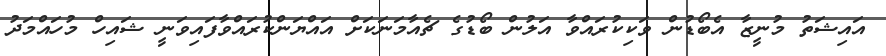
އައިޝަތު މުނީޒާ އެބޯޑުން ވަކިކުރައްވާ އަލުން ބޯޑުގެ ޗެއާމަނަކަށް އައްޔަންކުރައްވާފައިވަނީ ޝައިހް މުހައްމަދު